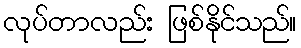
လုပ်တာလည်း ဖြစ်နိုင်သည်။